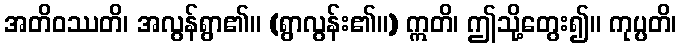
အတိဝဿတိ၊ အလွန်ရွာ၏။ (ရွာလွန်း၏။) ဣတိ၊ ဤသို့တွေး၍။ ကုပ္ပတိ၊